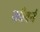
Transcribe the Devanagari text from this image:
कौबर्न